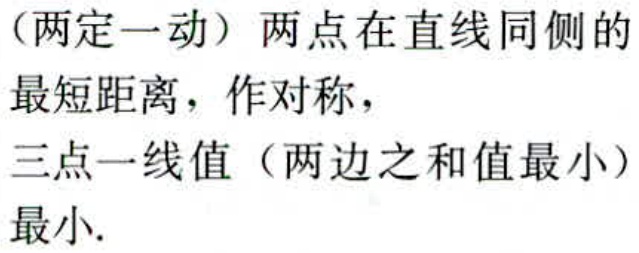
（两定一动）两点在直线同侧的

最短距离，作对称，

三点一线值（两边之和值最小）

最小.